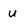
Character: u